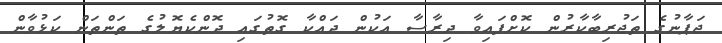
ޖަޕާނުގެ ތަޖުރިބާކާރުން ކޮށްފައިވާ ދިރާސާ އަކުން ދައްކާ ގޮތުގައި ދޮންކެޔޮލުގެ ތަންތަން ކަޅުވާން